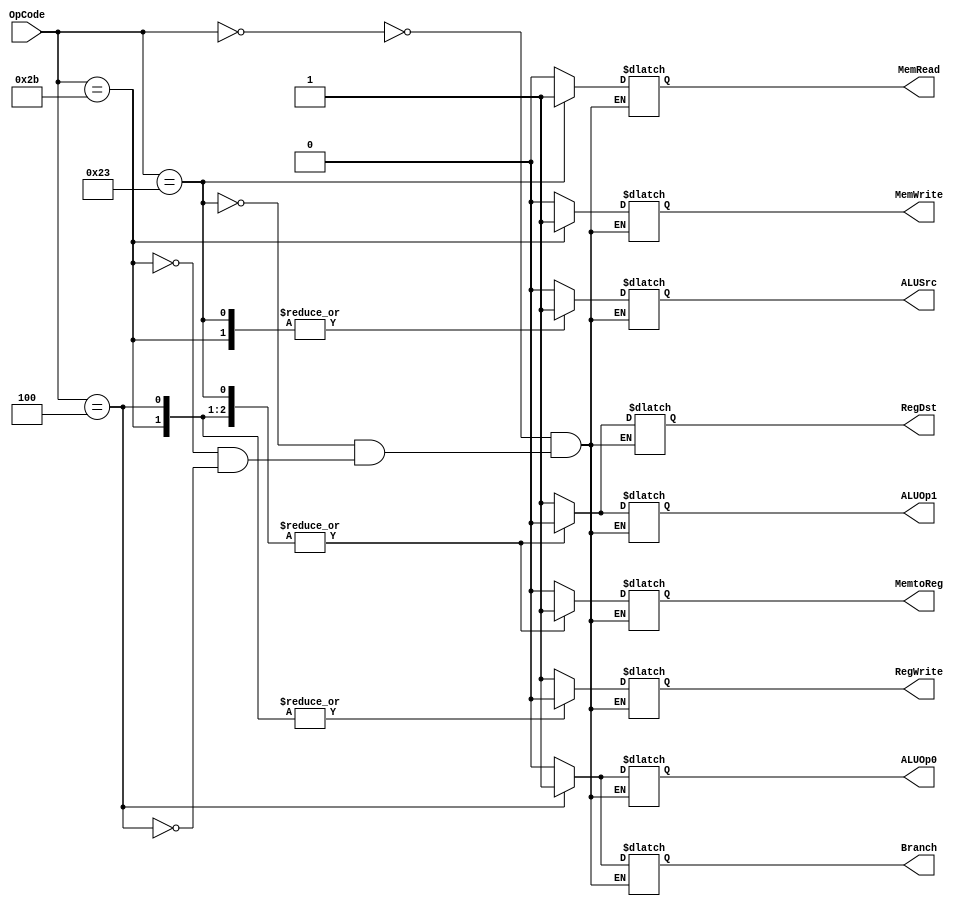
`timescale 1ns / 1ps
//////////////////////////////////////////////////////////////////////////////////
// Company: 
// Engineer: 
// 
// Design Name: 
// Module Name:    decode_control 
// Project Name: 
// Target Devices: 
// Tool versions: 
// Description: 
//
// Dependencies: 
//
// Revision: 
// Revision 0.01 - File Created
// Additional Comments: 
//
//////////////////////////////////////////////////////////////////////////////////
module decode_control(OpCode, RegDst, ALUSrc, MemtoReg, RegWrite, MemRead, MemWrite, Branch, ALUOp1, ALUOp0);

	input [5:0] OpCode;
	
	output reg RegDst, ALUSrc, MemtoReg, RegWrite, MemRead, MemWrite, Branch, ALUOp1, ALUOp0;
	
	always @(*)
	begin
		case(OpCode)
		6'b000000:
		begin
			RegDst <= 1;
			ALUSrc <= 0;
			MemtoReg <= 0;
			RegWrite <= 1;
			MemRead <= 0;
			MemWrite <= 0;
			Branch <= 0;
			ALUOp1 <= 1;
			ALUOp0 <= 0;
		end
		6'b100011:
		begin
			RegDst <= 0;
			ALUSrc <= 1;
			MemtoReg <= 1;
			RegWrite <= 1;
			MemRead <= 1;
			MemWrite <= 0;
			Branch <= 0;
			ALUOp1 <= 0;
			ALUOp0 <= 0;
		end
		6'b101011:
		begin
			RegDst <= 0;
			ALUSrc <= 1;
			MemtoReg <= 1;
			RegWrite <= 0;
			MemRead <= 0;
			MemWrite <= 1;
			Branch <= 0;
			ALUOp1 <= 0;
			ALUOp0 <= 0;
		end
		6'b000100:
		begin
			RegDst <= 0;
			ALUSrc <= 0;
			MemtoReg <= 1;
			RegWrite <= 0;
			MemRead <= 0;
			MemWrite <= 0;
			Branch <= 1;
			ALUOp1 <= 0;
			ALUOp0 <= 1;
		end
		endcase
	end

endmodule